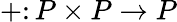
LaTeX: +\colon P\times P\to P